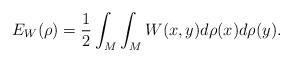
LaTeX: \begin{align*} E_W(\rho) = \frac{1}{2} \int_M \int_M W(x,y) d\rho(x) d\rho(y).\end{align*}